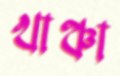
খাঞ্চা